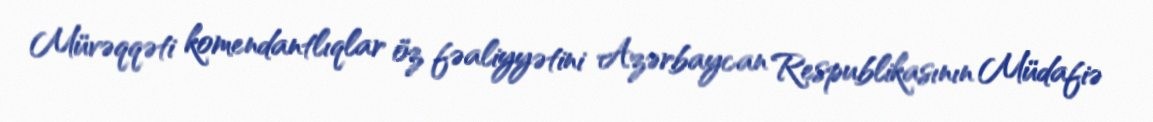
Müvəqqəti komendantlıqlar öz fəaliyyətini Azərbaycan Respublikasının Müdafiə